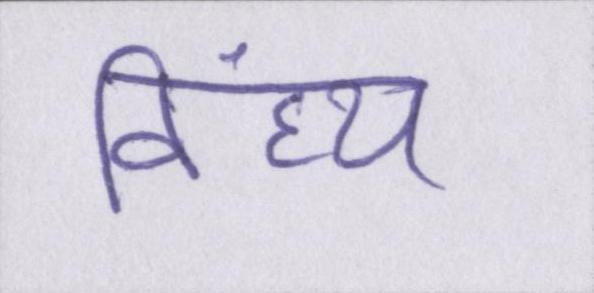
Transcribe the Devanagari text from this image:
विंध्य